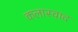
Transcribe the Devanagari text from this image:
कलास्वाद